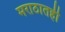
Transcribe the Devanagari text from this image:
मराठातही